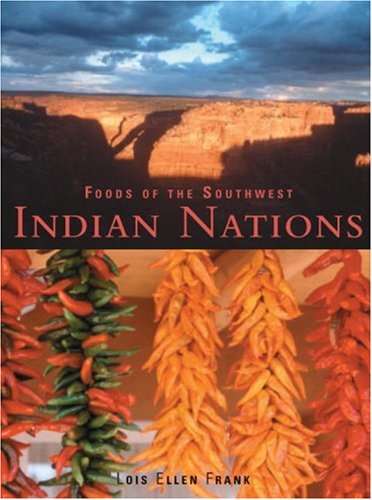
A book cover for Foods of the Southwest Indian Nations; Lois Ellen Frank; Cookbooks, Food & Wine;